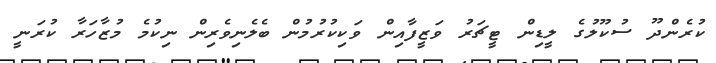
ކުރެންދޫ ސުކޫލުގެ ލީޑިން ޓީޗަރު ވަޒީފާއިން ވަކިކުރުމުން ބެލެނިވެރިން ނިކުމެ މުޒާހަރާ ކުރަނީ